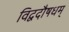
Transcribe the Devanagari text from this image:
विद्वदौषधम्